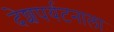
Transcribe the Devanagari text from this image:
देशपर्यटनाला